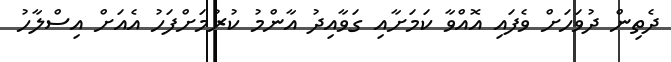
ދެތިން ދުވަހަށް ވެފައި އޮއްވާ ކަމަށާއި ގަވާއިދު އާންމު ކުރުމަށްފަހު އެއަށް އިސްލާހު